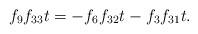
LaTeX: \begin{align*}f_9f_{33}t &= -f_6f_{32}t - f_3f_{31}t.\end{align*}